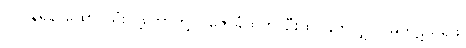
(၂) နရနာထော်၊ သုံးလူ့ဘော်တို့၊ ပူဇော်ခံထိုက်၊ ဦးထိပ်နှိုက်လျှင်။ မကိုဋ်သရဖူ၊